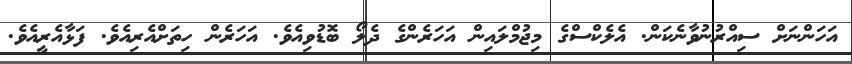
އަހަންނަށް ސިއްރުނުވާނެކަން. އެލެކްސްގެ މިޖުމްލައިން އަހަރެންގެ ދެލޯ ބޮޑުވިއެވެ. އަހަރެން ހިތަށްއެރިއެވެ. ފަޅާއެރީއެވެ.